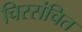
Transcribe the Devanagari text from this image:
चिरसंचित